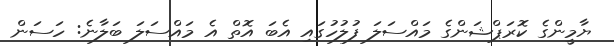
ޔާމީންގެ ކޮރަޕްޝަންގެ މައްސަލަ ފުލުހުގައި އެބަ އޮތް އެ މައްސަލަ ބަލާނެ: ހަސަން